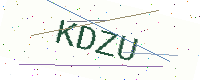
Text: KDZU